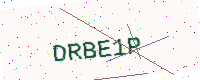
Text: DRBE1P